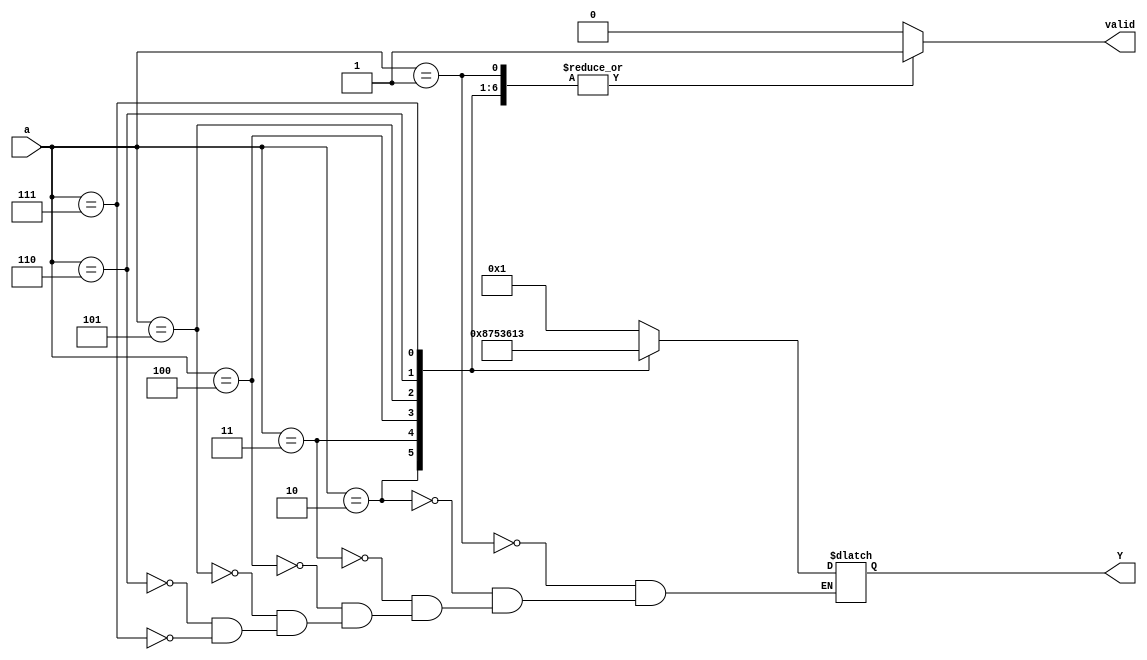
module encoder_5bit(a,valid,Y);
input [2:0] a;
output [4:0] Y;
output valid;
reg [4:0] Y;
reg valid;

always @ (a) begin
	valid=1;
	case(a)
		1: Y= 5'b00001;
		2: Y= 5'b00100;
		3: Y= 5'b00111;
		4: Y= 5'b01010;
		5: Y= 5'b01101;
		6: Y= 5'b10000;
		7: Y= 5'b10011;
		default: valid = 0;
	endcase
end
endmodule